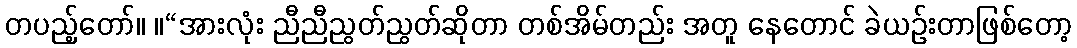
တပည့်တော်။ ။“အားလုံး ညီညီညွတ်ညွတ်ဆိုတာ တစ်အိမ်တည်း အတူ နေတောင် ခဲယဉ်းတာဖြစ်တော့